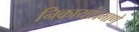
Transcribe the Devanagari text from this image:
निकायांप्रमाणे